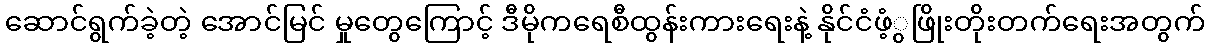
ဆောင်ရွက်ခဲ့တဲ့ အောင်မြင် မှုတွေကြောင့် ဒီမိုကရေစီထွန်းကားရေးနဲ့ နိုင်ငံဖံ့ွဖြိုးတိုးတက်ရေးအတွက်